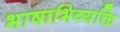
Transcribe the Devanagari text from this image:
भाषाभिव्यक्ति